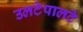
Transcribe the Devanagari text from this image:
उलटेपालटे